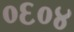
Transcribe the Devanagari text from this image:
०६०४